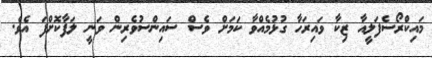
މައިކްރޯސެފަލީއާ ޒިކާ ވައިރަހާ ގުޅުމެއްވާ ކަމަށް ވެސް ސައިންސުވެރިން ވަނީ ލަފާކޮށްފަ އެވެ.